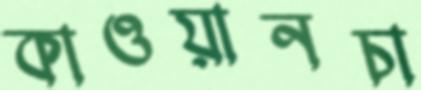
কাওয়ানচা